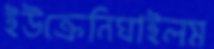
ইউক্রেনিঘাইলম